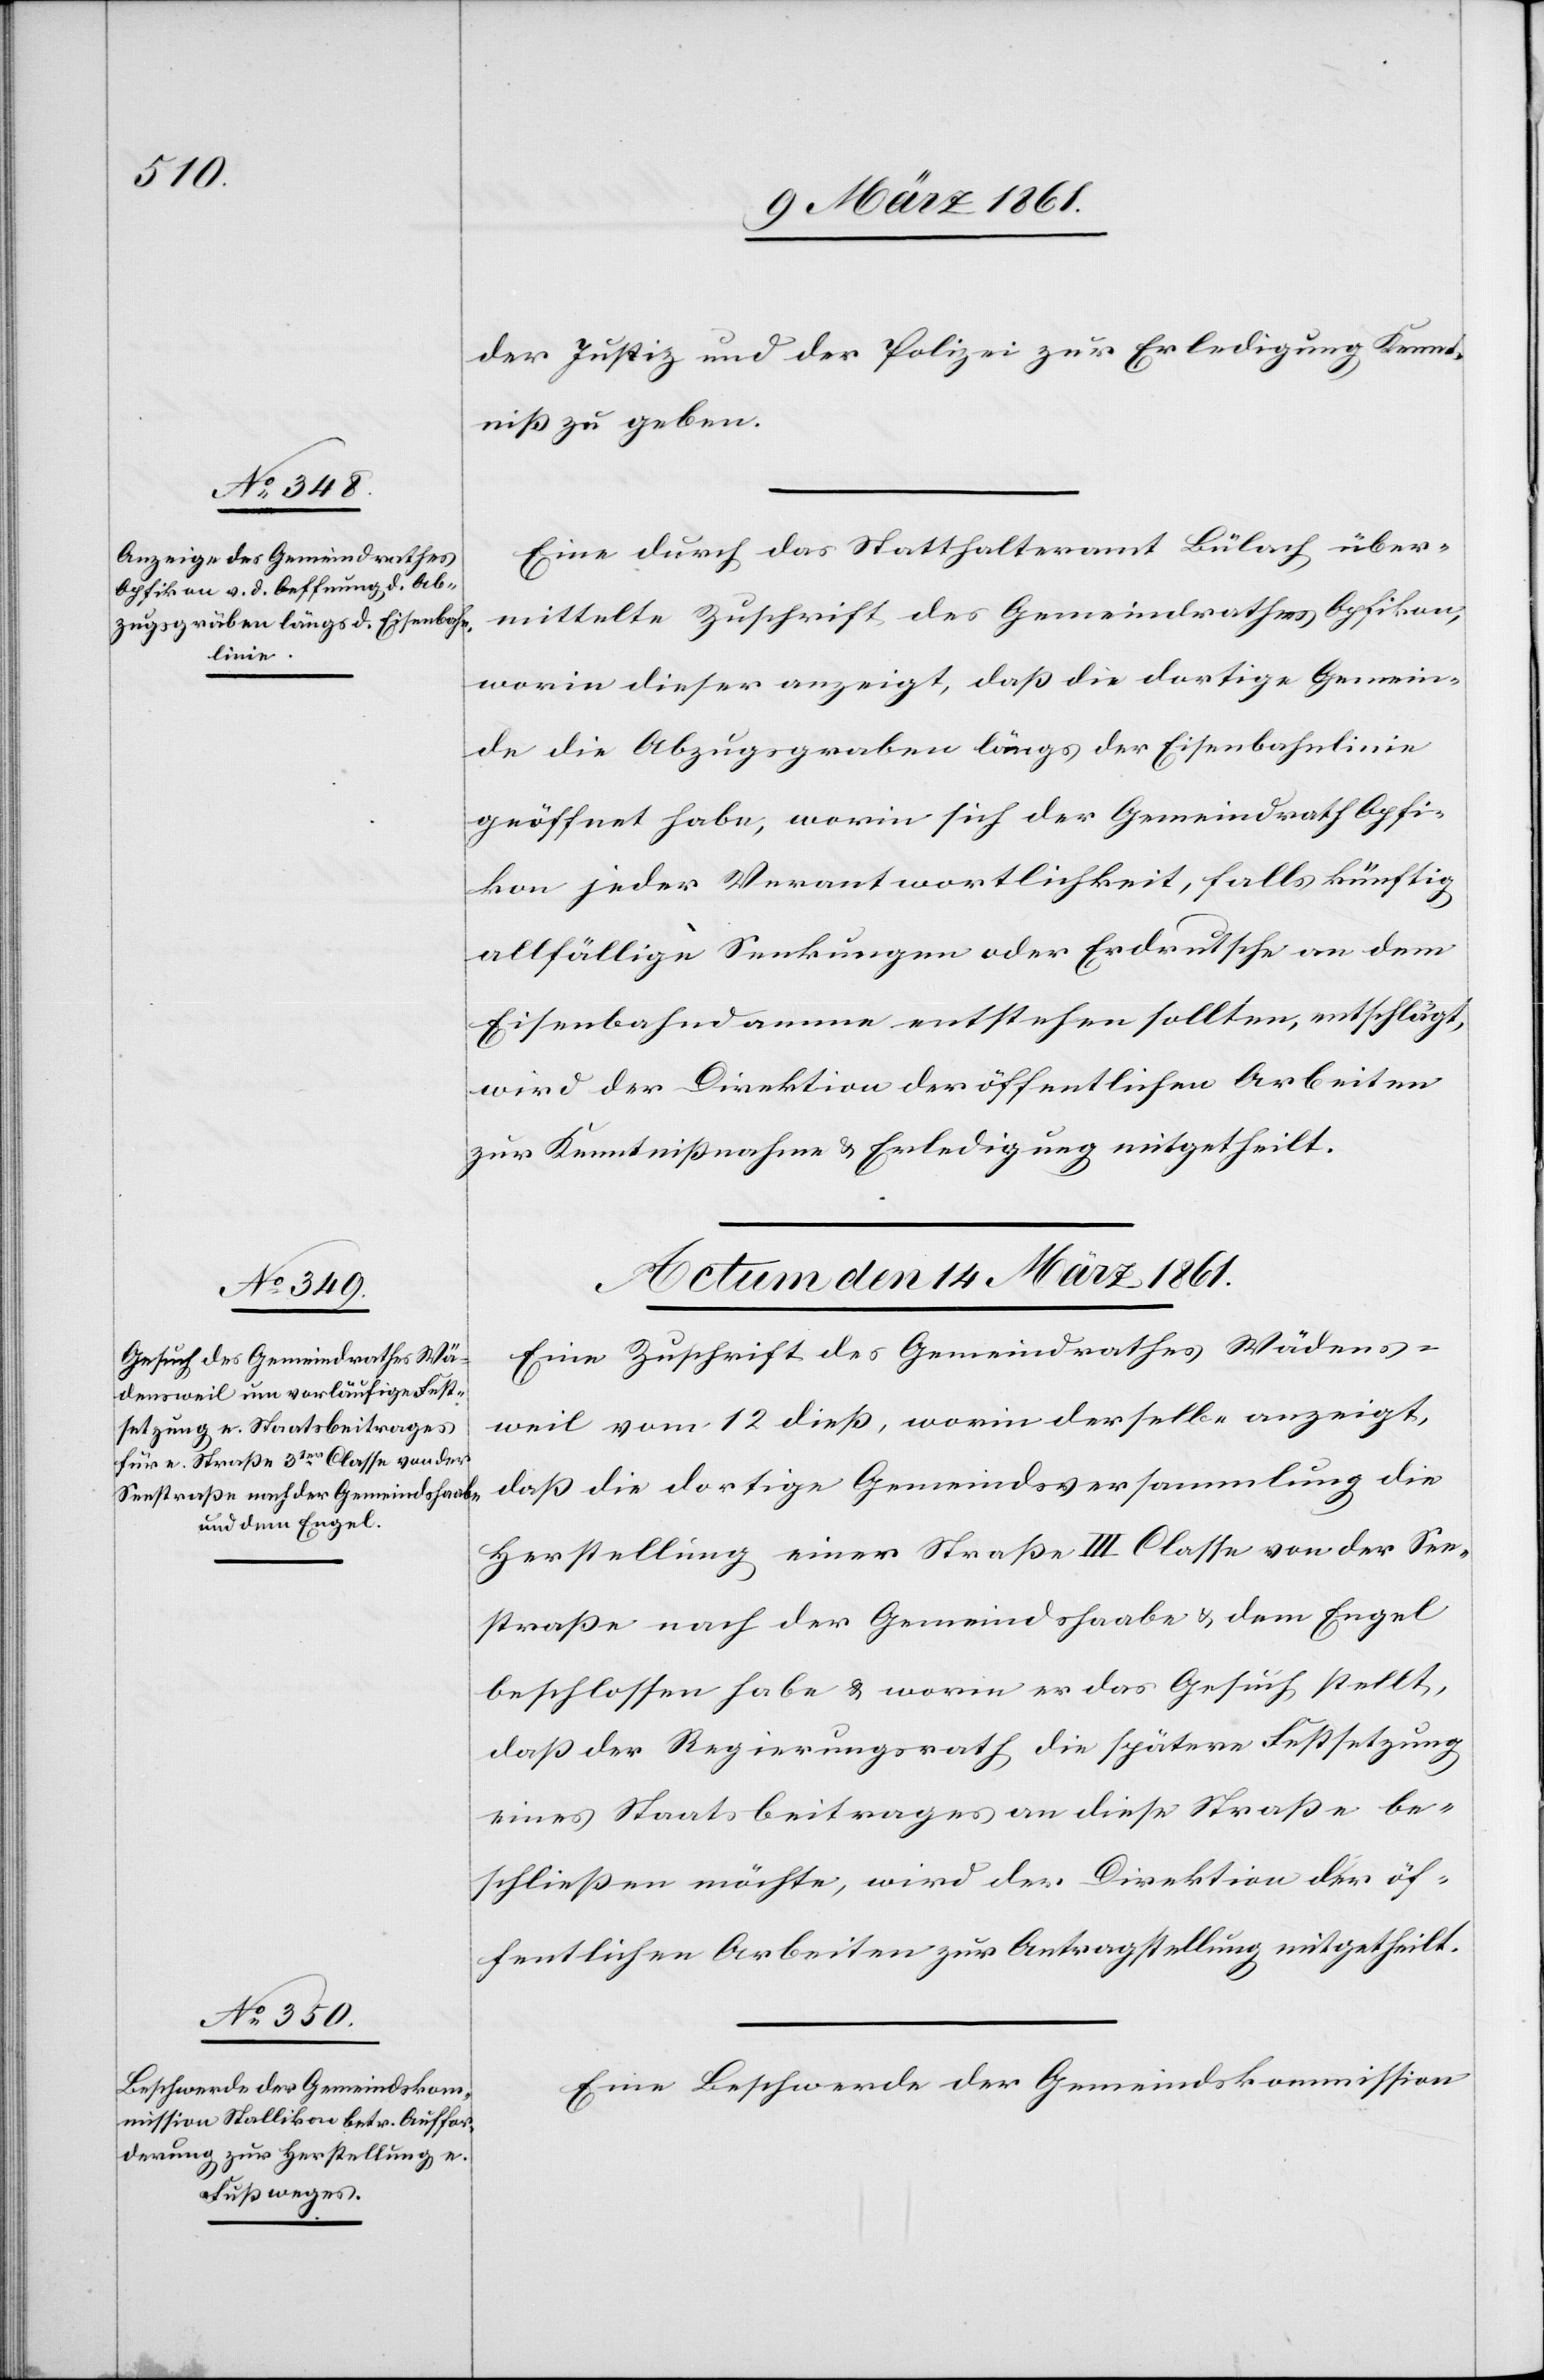
der Justiz und der Polizei zur Erledigung Kennt¬
niss zu geben.
Eine durch das Statthalteramt Bülach über¬
mittelte Zuschrift des Gemeindrathes Opfikon,
worin dieser anzeigt, daß die dortige Gemein¬
de die Abzugsgraben längs der Eisenbahnlinie
geöffnet habe, worin sich der Gemeindrath Opfi¬
kon jeder Verantwortlichkeit, falls künftig
allfällige Senkungen oder Erdrutsche an dem
Eisenbahndamme entstehen sollten, entschlägt,
wird der Direktion der öffentlichen Arbeiten
zur Kenntnißnahme u. Erledigung mitgetheilt.
Actum den 14. März 1861.]
Eine Zuschrift des Gemeindrathes Wädens¬
weil vom 12. dieß, worin derselbe anzeigt,
daß die dortige Gemeindsversammlung die
Herstellung einer Straße III Classe von der See¬
straße nach der Gemeindshaabe u. dem Engel
beschlossen habe u. worin er das Gesuch stellt,
daß der Regierungsrath die spätere Festsetzung
eines Staatsbeitrages an diese Straße be¬
schließen möchte, wird der Direktion der öf¬
fentlichen Arbeiten zur Antragstellung mitgetheilt.
Eine Beschwerde der Gemeindskommission